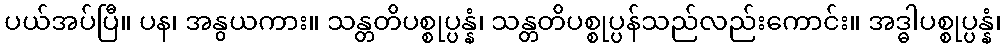
ပယ်အပ်ပြီ။ ပန၊ အနွယကား။ သန္တတိပစ္စုပ္ပန္နံ၊ သန္တတိပစ္စုပ္ပန်သည်လည်းကောင်း။ အဒ္ဓါပစ္စုပ္ပန္နံ၊